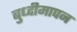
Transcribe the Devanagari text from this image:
बुध्दीमापन